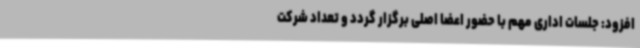
افزود: جلسات اداری مهم با حضور اعضا اصلی برگزار گردد و تعداد شرکت